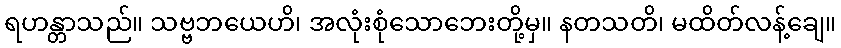
ရဟန္တာသည်။ သဗ္ဗဘယေဟိ၊ အလုံးစုံသောဘေးတို့မှ။ နတသတိ၊ မထိတ်လန့်ချေ။